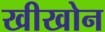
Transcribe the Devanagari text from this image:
खीखोन